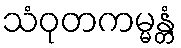
သံဝုတကမ္မန္တံ